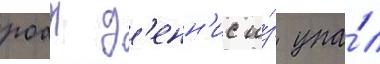
роан д'енн'ис и́з упа́л